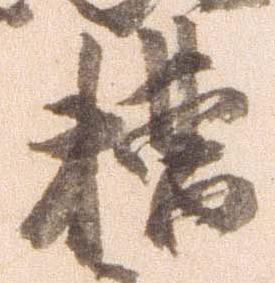
糟